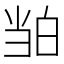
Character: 𬐉